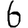
Digit: 6